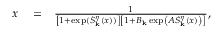
\begin{array} { r l r } { x } & { { } = } & { \frac { 1 } { \left[ 1 + \exp ( \dot { S } _ { \bf k } ^ { \eta } ( x ) ) \right] \left[ 1 + B _ { \bf k } \exp \left( A \dot { S } _ { \bf k } ^ { \eta } ( x ) \right) \right] } , } \end{array}